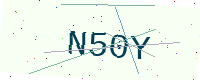
Text: N50Y